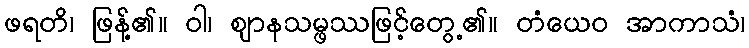
ဖရတိ၊ ဖြန့်၏။ ဝါ၊ ဈာနသမ္ဖဿဖြင့်တွေ့၏။ တံယေဝ အာကာသံ၊